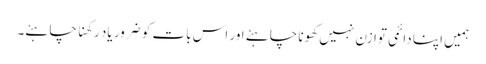
ہمیں اپنا دائمی توازن نہیں کھونا چاہئے اور اس بات کو ضرور یاد رکھنا چاہئے۔